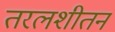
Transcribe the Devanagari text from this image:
तरलशीतन